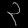
Digit: ၃